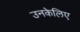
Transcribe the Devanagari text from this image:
उनकेलिए